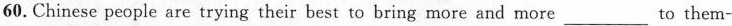
60.Chinese people are trying their best to bring more and more___to them-